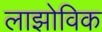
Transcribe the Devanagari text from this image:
लाझोविक